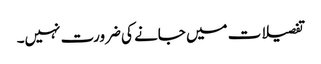
تفصیلات میں جانے کی ضرورت نہیں۔